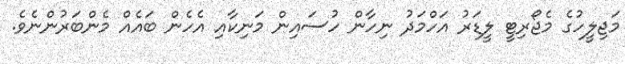
މަޖިލީހުގެ މެޖޯރިޓީ ލީޑަރު އަހްމަދު ނިހާން ހުސައިން މަނިކާއި އެހެން ބައެއް މެންބަރުންނެވެ.